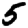
Digit: 5